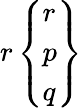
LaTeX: r\left\{ {\begin{array}{l}{r}\\ {p}\\ {q}\end{array}}\right\}